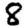
Digit: 8